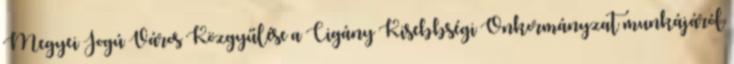
Megyei Jogú Város Közgyűlése a Cigány Kisebbségi Önkormányzat munkájáról